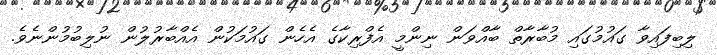
ލިބިފައިވާ ގައުމުގައި މުބާރާތް ބާއްވަން ނިންމީ އެފްރިކާގެ އެހެން ގައުމަކުން އެއްބާރުލުން ނުލިބުމުންނެވެ.